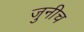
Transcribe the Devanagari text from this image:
जुनीच